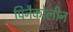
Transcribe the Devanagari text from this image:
पिनैकोलीन